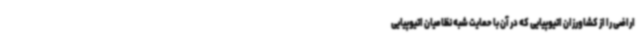
اراضی را از کشاورزان اتیوپیایی که در آن با حمایت شبه نظامیان اتیوپیایی